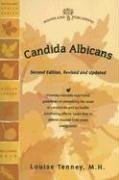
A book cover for Candida Albicans (Woodland Health Series); Louise Tenney MH; Health, Fitness & Dieting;